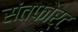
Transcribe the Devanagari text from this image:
संतफोर्ट